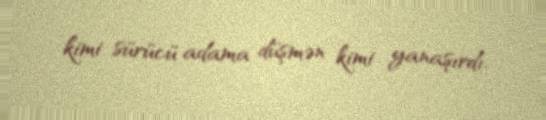
kimi sürücü adama düşmən kimi yanaşırdı.